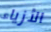
الأزياء